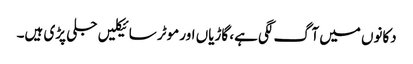
دکانوں میں آگ لگی ہے، گاڑیاں اور موٹر سائیکلیں جلی پڑی ہیں۔